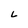
Character: L